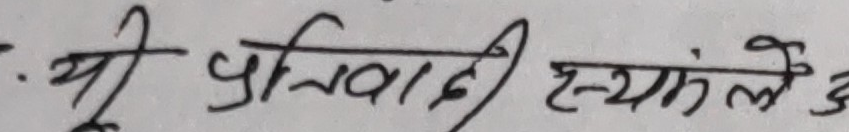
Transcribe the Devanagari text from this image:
यो प्रतिवादी हयांगले ३